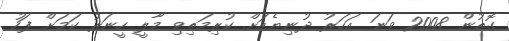
ގޮތުން 2008 ވަނަ އަހަރު ދުނިޔެއަށް ކުރިމަތިވި މާލީ ހީނަރު ކަމަށް ފަހު